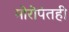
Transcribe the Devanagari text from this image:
मोरोपंतही